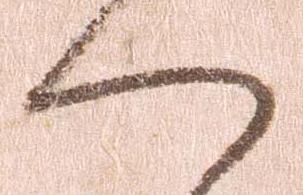
へ